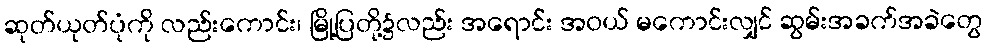
ဆုတ်ယုတ်ပုံကို လည်းကောင်း၊ မြို့ပြတို့၌လည်း အရောင်း အဝယ် မကောင်းလျှင် ဆွမ်းအခက်အခဲတွေ